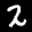
Label: 2